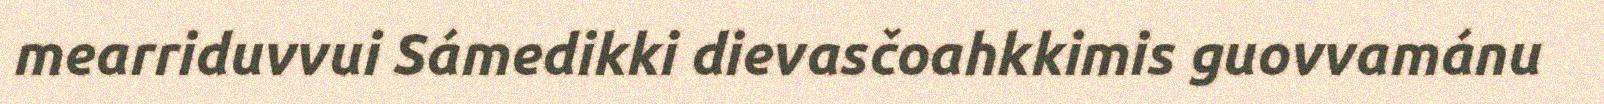
mearriduvvui Sámedikki dievasčoahkkimis guovvamánu